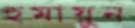
হুমায়ুন